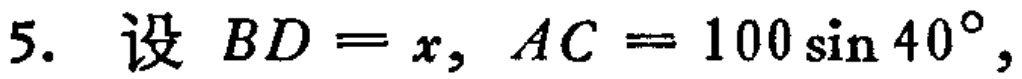
5. 设 \(BD = x, AC = 100\sin 40^{\circ},\)